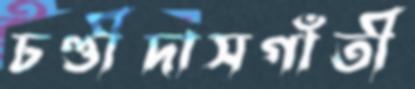
চণ্ডীদাসগাঁতী